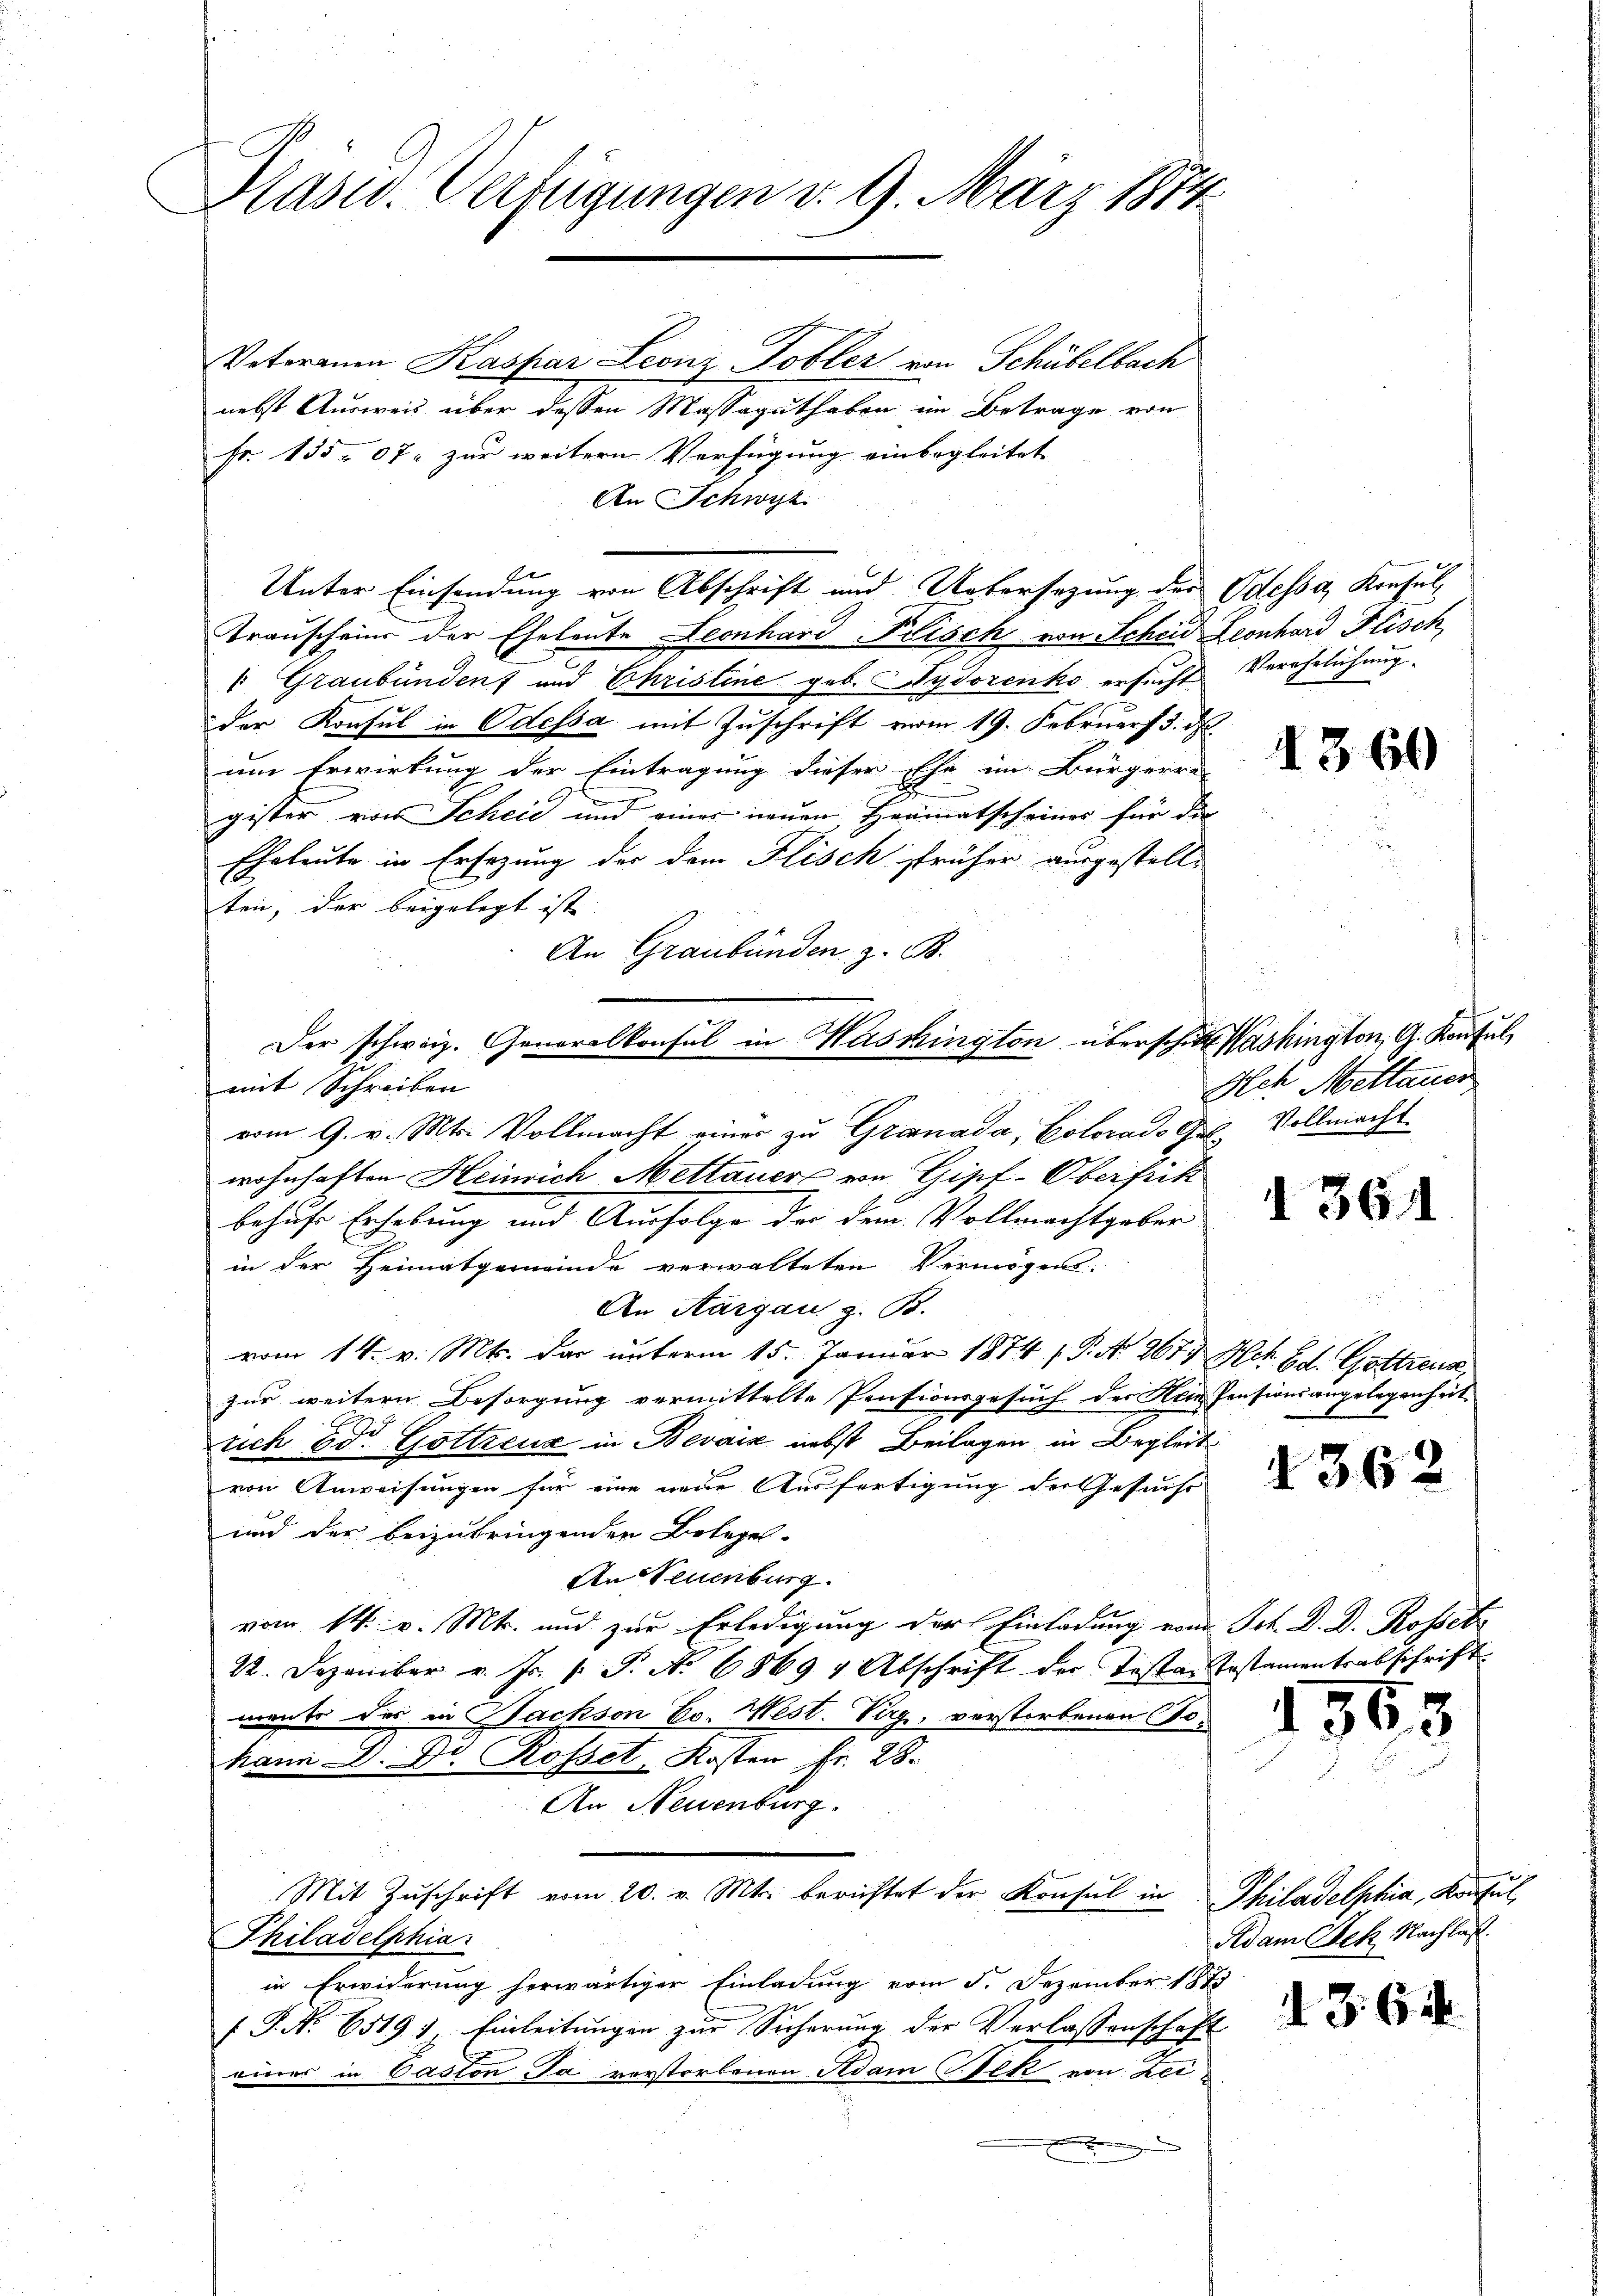
Plasur. Verfügungen d. 9. März 1874

Votorenen Kaspar Leonz Tobler von Schübelbach
nebst Ausweis über dessen Massaguthaben im Betrage von
Fr. 135 07 zur weitern Verfügung einbegleitet
An Schwyz
f
Unter Einsendung von Abschrift und Uebersezung der Odessa, Konsulranscheine der Eheleute Leonhard Frisch von Scheid Leonhard Flisch
1 Graubünden und Christine geb. ydorenko ersucht. Verehrlichung.
der Konsul in Odessa mit Zuschrift vom 19. Februar 3. d.
um Erwirkung der Eintragung dieser Ehe im Bürgerrei
gister von Scheid und einer neuen Heimatscheiner für die
Eheleute in Ersezung der dem Fisch früher ausgestelle
ten, der beigelegt ist.
An Graubünden z. B.
mit Schreiben
wohnhaften Heinrich Mettauere von Gipf-Oberfich
2.
behufe Erhebung und Ausfolge der dem Vollmachtgeber
in der Heimatgemeinde verwalteten Vermögens-
An Aargau, z. B.
vom 14. v. Mts. das unterm 15. Januar 1874 / P. Nr. 267 Ach Ed. Gottreue
zur weitern Besorgung vermittelte Pensionsgesuch der Nein Pensionsangelegenheit
rich Ed. Gottreux in Bevaiz nebst Beilagen in Begleit
von Anweisungen für eine neue Ausfertigung der Gesucht
und der beizubringenden Belegel-
An Neuenburg.
vom 14. v. Mts. und zur Erledigung der Einladung vom Joh. D. D. Rossetz
22. Dezember v. Js. s. S. N. 68697 Abschrift der Testantestamentrabschrift
mente des in Sachson Eo. West. Virg, verstorbenen Tokann D. Dr. Rosset, Kosten Fr. 28.
An Neuenburg.
Mit Zŭschrift vom 20. v. Mts. berichtet der Konsul in Philadelphia, Konsul,
Philadelphia
in Erwiderung herwärtiger Einladung vom 5. Dezember 187
Forstehen eine
P. Nr. 6519 f. Einleitungen zur Sicherung der Verlassenschaft
eines in Paston Ja verstorbenen Adam Sek von Zein

Der schweiz. Generalkonsul in Washington überschielt Washington, G. Konsul
vom 9. v. Mts. Vollmacht einer zu Granada, Colorads Ges. Vollmacht

1360

Ach Mettauer

364

2

1362

1562

Adam Bek. Nachlass.

d. 3. 64.